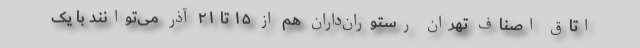
اتاق اصناف تهران رستوران‌داران هم از ۱۵ تا ۲۱ آذر می‌توانند با یک